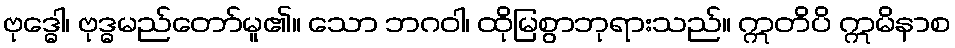
ဗုဒ္ဓေါ၊ ဗုဒ္ဓမည်တော်မူ၏။ သော ဘဂဝါ၊ ထိုမြစွာဘုရားသည်။ ဣတိပိ ဣမိနာစ